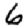
Digit: 6